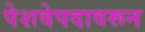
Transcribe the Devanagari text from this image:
पेशवेपदावरून